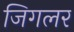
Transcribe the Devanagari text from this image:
जिगलर